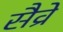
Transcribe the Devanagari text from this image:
सैव्रे